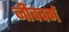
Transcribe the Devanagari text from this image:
जीववर्ग